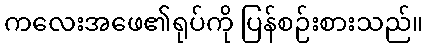
ကလေးအဖေ၏ရုပ်ကို ပြန်စဉ်းစားသည်။